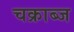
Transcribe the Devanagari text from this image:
चक्राब्ज